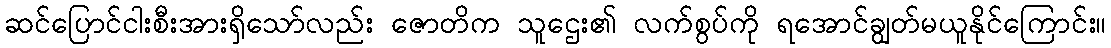
ဆင်ပြောင်ငါးစီးအားရှိသော်လည်း ဇောတိက သူဌေး၏ လက်စွပ်ကို ရအောင်ချွတ်မယူနိုင်ကြောင်း။